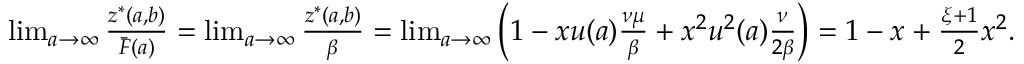
\begin{array} { r } { \operatorname* { l i m } _ { a \rightarrow \infty } \frac { z ^ { * } ( a , b ) } { \bar { F } ( a ) } = \operatorname* { l i m } _ { a \rightarrow \infty } \frac { z ^ { * } ( a , b ) } { \beta } = \operatorname* { l i m } _ { a \rightarrow \infty } \left( 1 - x u ( a ) \frac { \nu \mu } { \beta } + x ^ { 2 } u ^ { 2 } ( a ) \frac { \nu } { 2 \beta } \right) = 1 - x + \frac { \xi + 1 } { 2 } x ^ { 2 } . } \end{array}